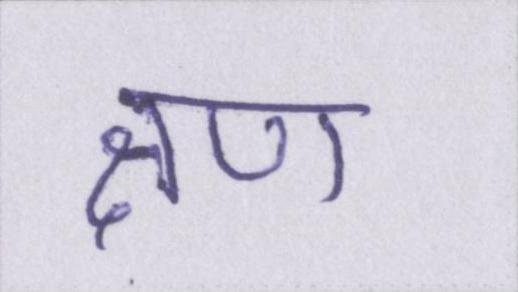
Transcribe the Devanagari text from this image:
क्षण